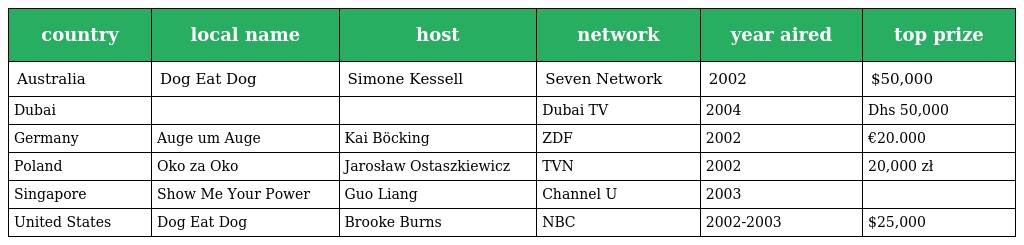
| country | local name | host | network | year aired | top prize |
 | --- | --- | --- | --- | --- | --- |
 | Australia | Dog Eat Dog | Simone Kessell | Seven Network | 2002 | $50,000 |
 | Dubai |  |  | Dubai TV | 2004 | Dhs 50,000 |
 | Germany | Auge um Auge | Kai Böcking | ZDF | 2002 | €20.000 |
 | Poland | Oko za Oko | Jarosław Ostaszkiewicz | TVN | 2002 | 20,000 zł |
 | Singapore | Show Me Your Power | Guo Liang | Channel U | 2003 |  |
 | United States | Dog Eat Dog | Brooke Burns | NBC | 2002-2003 | $25,000 |